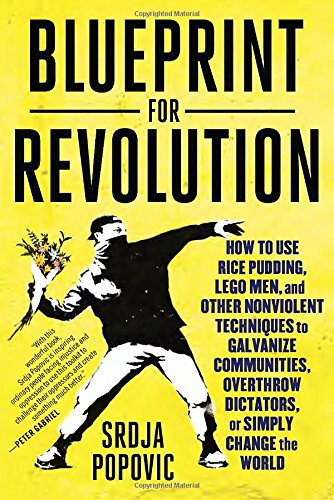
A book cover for Blueprint for Revolution: How to Use Rice Pudding, Lego Men, and Other Nonviolent Techniques to Galvanize Communities, Overthrow Dictators, or Simply Change the World; Srdja Popovic; Law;